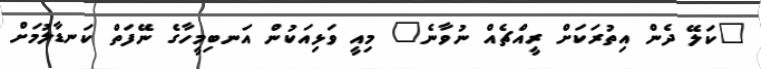
"ކަލޭ ދެން އިތުރަކަށް ރީއްޗެއް ނުވާނެ" މިއީ ވަޅިއަކުން އަނބިމީހާގެ ނޭފަތް ކަނޑާލުމަށް